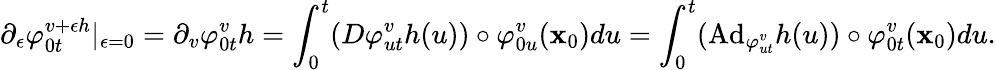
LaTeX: \partial_{\epsilon}\varphi_{0t}^{v+\epsilon h}|_{\epsilon=0}=\partial_{v}\varphi_{0t}^{v}h=\int_{0}^{t}(D\varphi_{ut}^{v}h(u))\circ\varphi_{0u}^{v}(\textbf{x}_{0})du=\int_{0}^{t}(\mathrm{Ad}_{\varphi_{ut}^{v}}h(u))\circ\varphi_{0t}^{v}(\textbf{x}_{0})du.